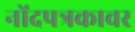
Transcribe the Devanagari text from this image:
नोंदपत्रकावर